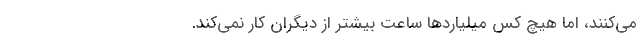
می‌کنند، اما هیچ‌ کس میلیاردها ساعت بیشتر از دیگران کار نمی‌کند.